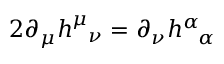
2 \partial _ { \mu } h _ { \; \; \; \nu } ^ { \mu } = \partial _ { \nu } h _ { \; \; \; \alpha } ^ { \alpha }